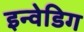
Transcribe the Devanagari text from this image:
इन्वेडिग